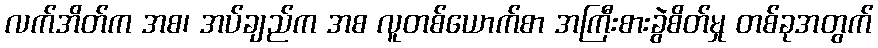
လက်အိတ်က အစ၊ အပ်ချည်က အစ လူတစ်ယောက်စာ အကြီးစားခွဲစိတ်မှု တစ်ခုအတွက်